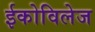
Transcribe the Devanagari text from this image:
ईकोविलेज